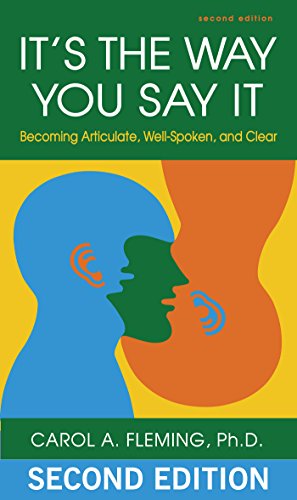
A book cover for It's the Way You Say It: Becoming Articulate, Well-spoken, and Clear; Carol A. Fleming; Business & Money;